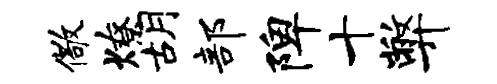
儆燎胡部陴十弊